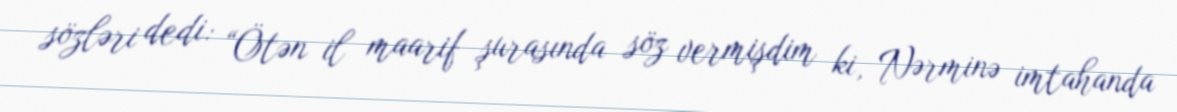
sözləri dedi: “Ötən il maarif şurasında söz vermişdim ki, Nərminə imtahanda